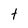
Character: t